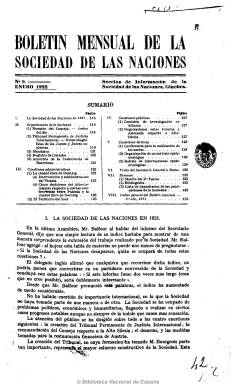
Título: Boletín mensual de la Sociedad de las Naciones
Colección: Relaciones internacionales
Ámbito geográfico: Suiza
Lugar de publicación: Ginebra
Fechas: 01/01/1922-01/12/1939

Publicación editada en Ginebra por la Sección de la Sociedad de las Naciones (SDN), el organismo internacional creado tras la I Guerra Mundial por el Tratado de Versalles, en 1919, y disuelto en 1946, sucediéndole la Organización de Naciones Unidas (ONU), fundada esta en 1945. El boletín comenzó a publicarse en 1921 y hasta el número cinco no apareció la edición española. Siendo España uno de los países fundadores, su Biblioteca Nacional no fue entonces depositaria de las publicaciones oficiales de la SDN.

El boletín comienza con un resumen del mes y ofrece información de todos sus órganos: asamblea general, secretaría, consejo, organizaciones técnicas, comisiones y comités, entre los que destacan el Tribunal Permanente de Justicia Internacional, así como los mandatos y las cuestiones administrativas, políticas, sociales y humanitarias, jurídicas y constitucionales, etc. Inserta algunas ilustraciones y fotografías. Publicado en varias lenguas, debió estar editándose hasta 1940.